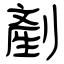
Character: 剷